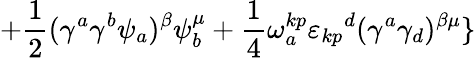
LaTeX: +{\frac{1}{2}}(\gamma^{a}\gamma^{b}\psi_{a})^{\beta}\psi_{b}^{\mu}+{\frac{1}{4}}\omega_{a}^{kp}{\varepsilon_{kp}}^{d}(\gamma^{a}\gamma_{d})^{\beta\mu}\}